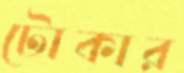
টোকার